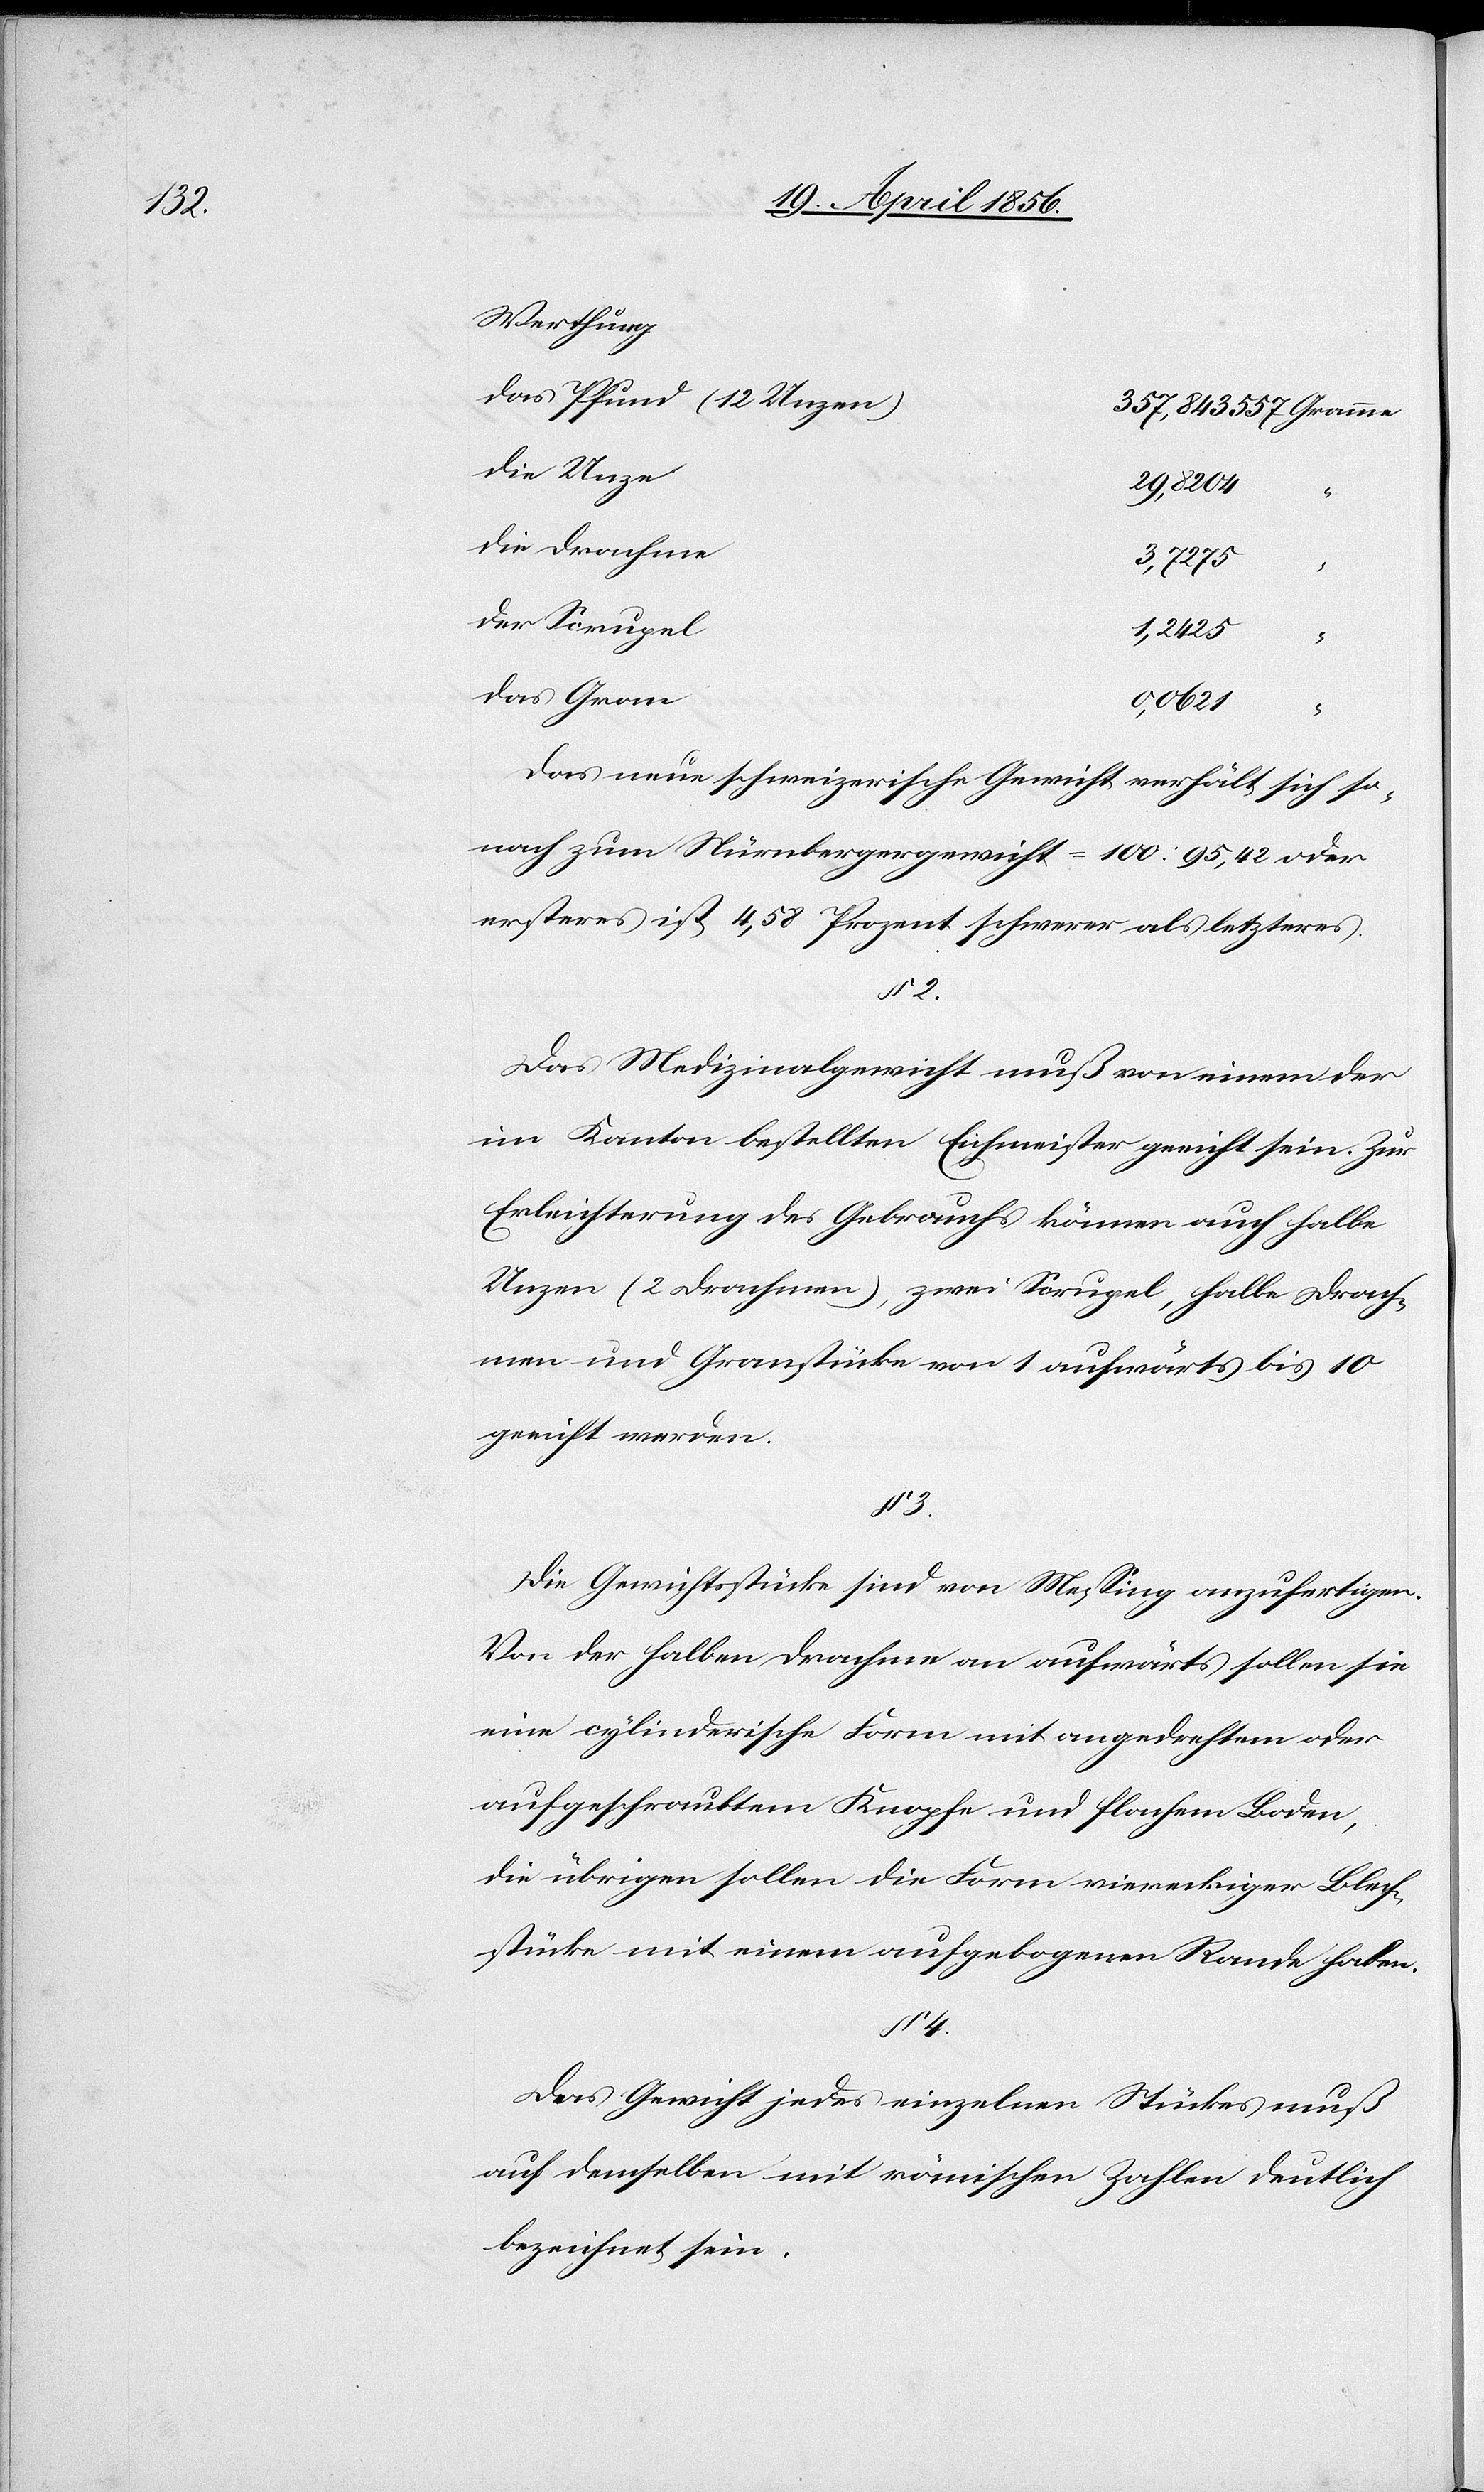
Werthung
Das Pfund (12 Unze¬
n)			357,843557 Gramme
29,8204	“
Die
3,7275	“
2.
Das
Das neue schweizerische Gewicht verhält sich so¬
nach zum Nürnbergergewicht = 100 : 95,42 oder
ersteres ist 4,58 Prozent schwerer als letzteres.
Das Medizinalgewicht muß von einem der
im Kanton bestellten Eichmeister geeicht sein. Zur
Erleichterung des Gebrauchs können auch halbe
Unzen (2 Drachmen), zwei Scrupel, halbe Drach¬
men und Granstücke von 1 aufwärts bis 10
geeicht werden.
§ 3.
Die Gewichtsstücke sind von Messing anzufertigen.
Von der halben Drachme an aufwärts sollen sie
eine cylinderische Form mit angedrehtem oder
aufgeschraubtem Knopfe und flachem Boden,
die übrigen sollen die Form viereckiger Blech¬
stücke mit einem aufgebogenen Rande haben.
§ 4.
Das Gewicht jedes einzelnen Stückes muß
auf demselben mit römischen Zahlen deutlich
bezeichnet sein.